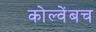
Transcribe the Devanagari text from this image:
कोल्वेंबच